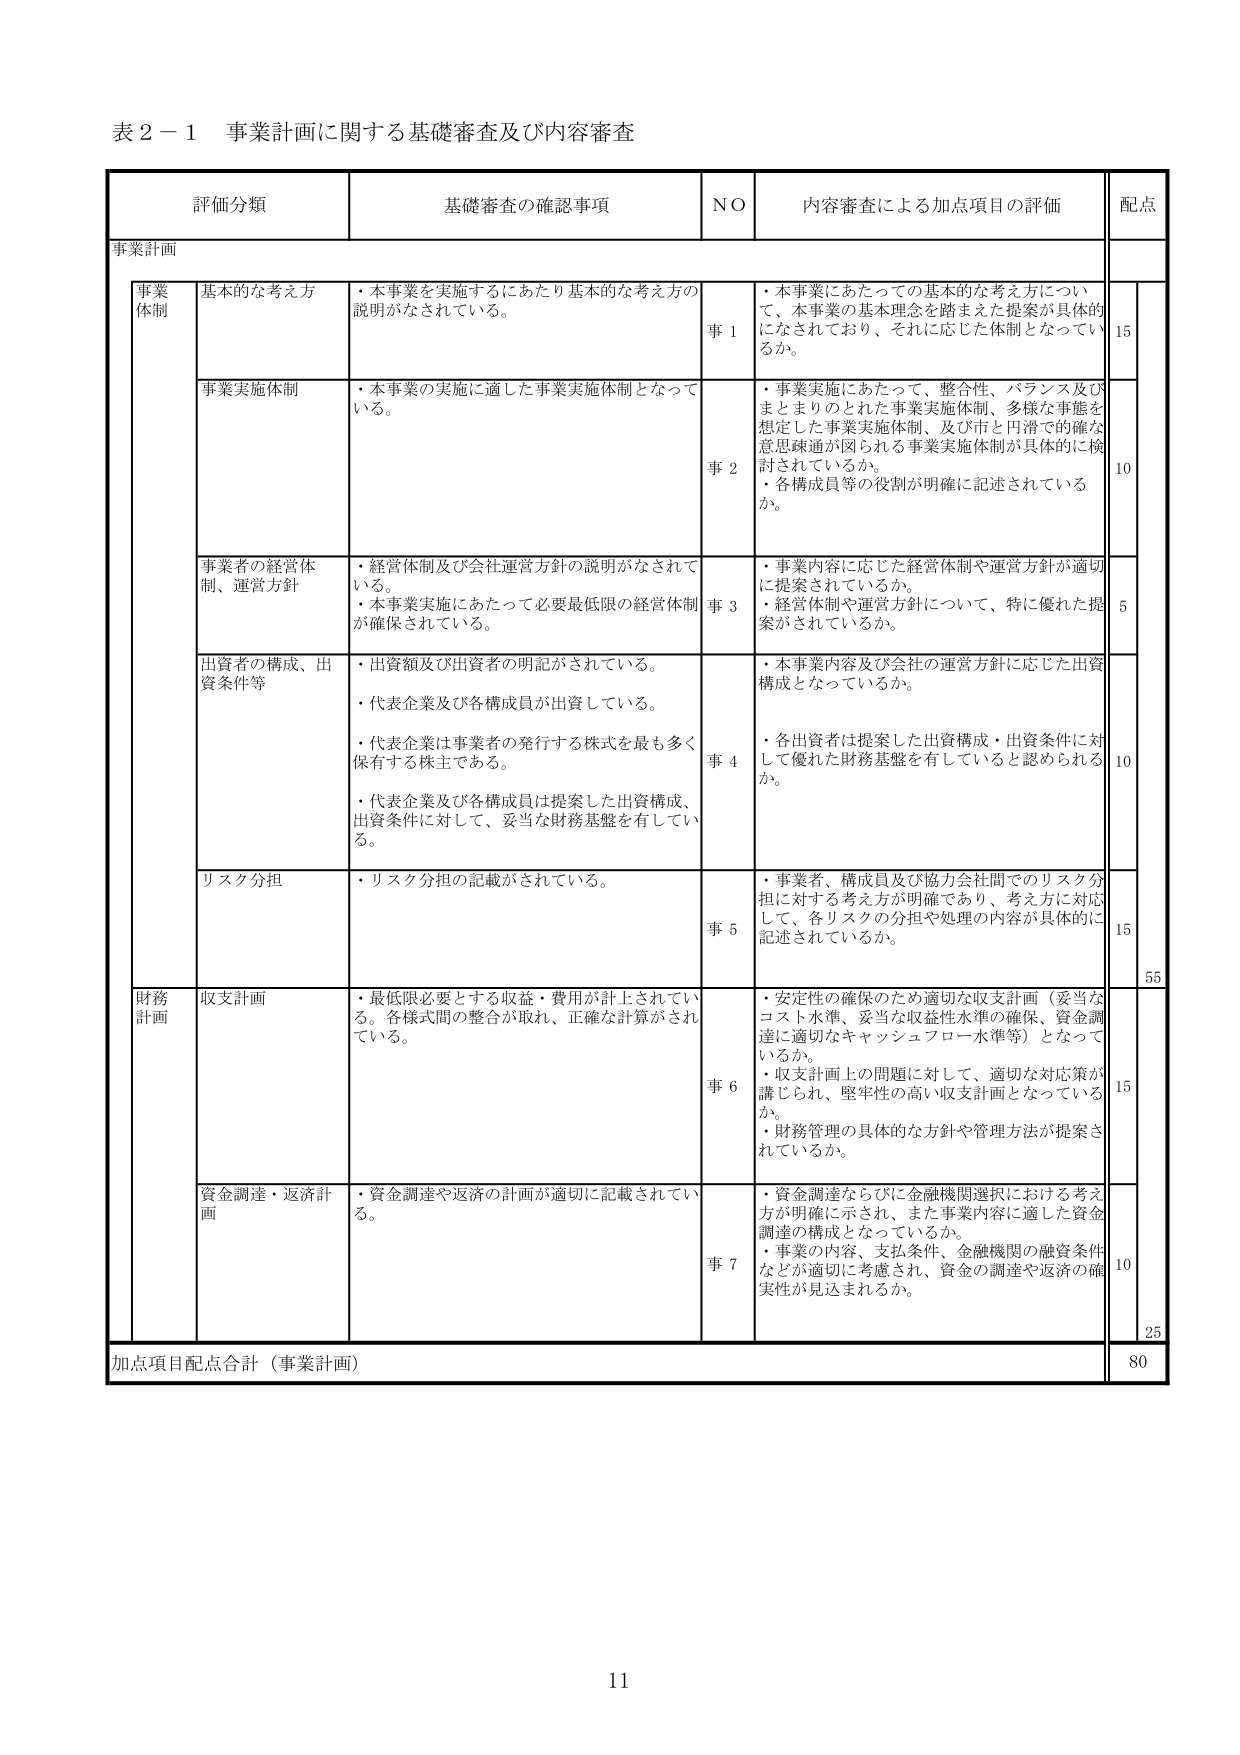
表２－１ 事業計画に関する基礎審査及び内容審査

評価分類 基礎審査の確認事項 NO 内容審査による加点項目の評価 配点

事業計画

事業体制 基本的な考え方 ・本事業を実施するにあたり基本的な考え方の 説明がなされている。 事１ ・本事業にあたっての基本的な考え方につい て、本事業の基本理念を踏まえた提案が具体的 になされており、それに応じた体制となってい るか。 15

事業実施体制 ・本事業の実施に適した事業実施体制となって いる。 事２ ・事業実施にあたって、整合性、バランス及び まとまりのとれた事業実施体制、多様な事態を 想定した事業実施体制、及び市と円滑での確な 意思疎通が図られる事業実施体制が具体的に検 討されているか。 ・各構成員等の役割が明確に記述されている か。 10

事業者の経営体 制、運営方針 ・経営体制及び会社運営方針の説明がなされて いる。 ・本事業実施にあたって必要最低限の経営体制 が確保されている。 事３ ・事業内容に応じた経営体制や運営方針が適切 に提案されているか。 ・経営体制や運営方針について、特に優れた提 案がされているか。 5

出資者の構成、出 資条件等 ・出資額及び出資者の明記がされている。 ・代表企業及び各構成員が出資している。 ・代表企業は事業者の発行する株式を最も多く 保有する株主である。 ・代表企業及び各構成員は提案した出資構成、 出資条件に対して、妥当な財務基盤を有してい る。 事４ ・本事業内容及び会社の運営方針に応じた出資 構成となっているか。 ・各出資者は提案した出資構成・出資条件に対 して優れた財務基盤を有していると認められる か。 10

リスク分担 ・リスク分担の記載がされている。 事５ ・事業者、構成員及び協力会社間でのリスク分 担に対する考え方が明確であり、考え方に対応 して、各リスクの分担や処理の内容が具体的に 記述されているか。 15

55

財務計画 収支計画 ・最低限必要とする収益・費用が計上されてい る。各様式間の整合が取れ、正確な計算がされ ている。 事６ ・安定性の確保のため適切な収支計画（妥当な コスト水準、妥当な収益性水準の確保、資金調 達に適切なキャッシュフロー水準等）となって いるか。 ・収支計画上の問題に対して、適切な対応策が 講じられ、堅牢性の高い収支計画となっている か。 ・財務管理の具体的な方針や管理方法が提案さ れているか。 15

資金調達・返済計 画 ・資金調達や返済の計画が適切に記載されてい る。 事７ ・資金調達ならびに金融機関選択における考え 方が明確に示され、また事業内容に適した資金 調達の構成となっているか。 ・事業の内容、支払条件、金融機関の融資条件 などが適切に考慮され、資金の調達や返済の確 実性が見込まれるか。 10

25

加点項目配点合計（事業計画） 80

11